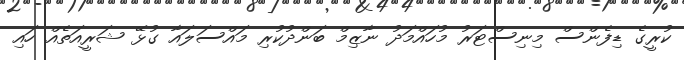
ކުރީގެ ޑިފެންސް މިނިސްޓަރު މުހައްމަދު ނާޒިމް ބަންދުކުރި މައްސަލައާ ގުޅޭ ޝަރީއަތެއް ހައި